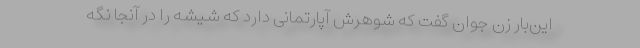
این‌بار زن جوان گفت که شوهرش آپارتمانی دارد که شیشه را در آنجا نگه